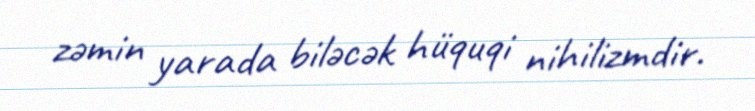
zəmin yarada biləcək hüquqi nihilizmdir.